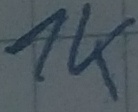
Text: 1K